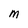
Character: m